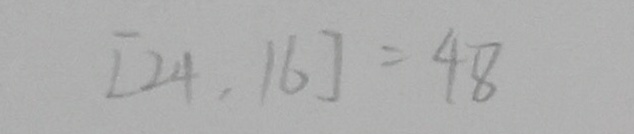
[ 2 4 , 1 6 ] = 4 8